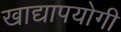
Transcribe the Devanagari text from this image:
खाद्यापयोगी